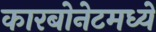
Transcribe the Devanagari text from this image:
कारबोनेटमध्ये